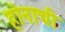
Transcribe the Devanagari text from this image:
होनाची